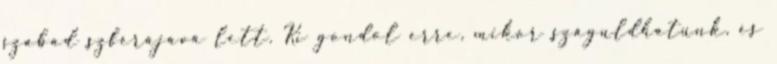
szabad szférájává lett. Ki gondol erre, mikor száguldhatunk, és